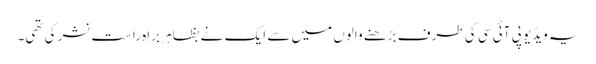
یہ ویڈیو پی آئی سی کی طرف بڑھنے والوں میں سے ایک نے بظاہر براہِ راست نشر کی تھی۔